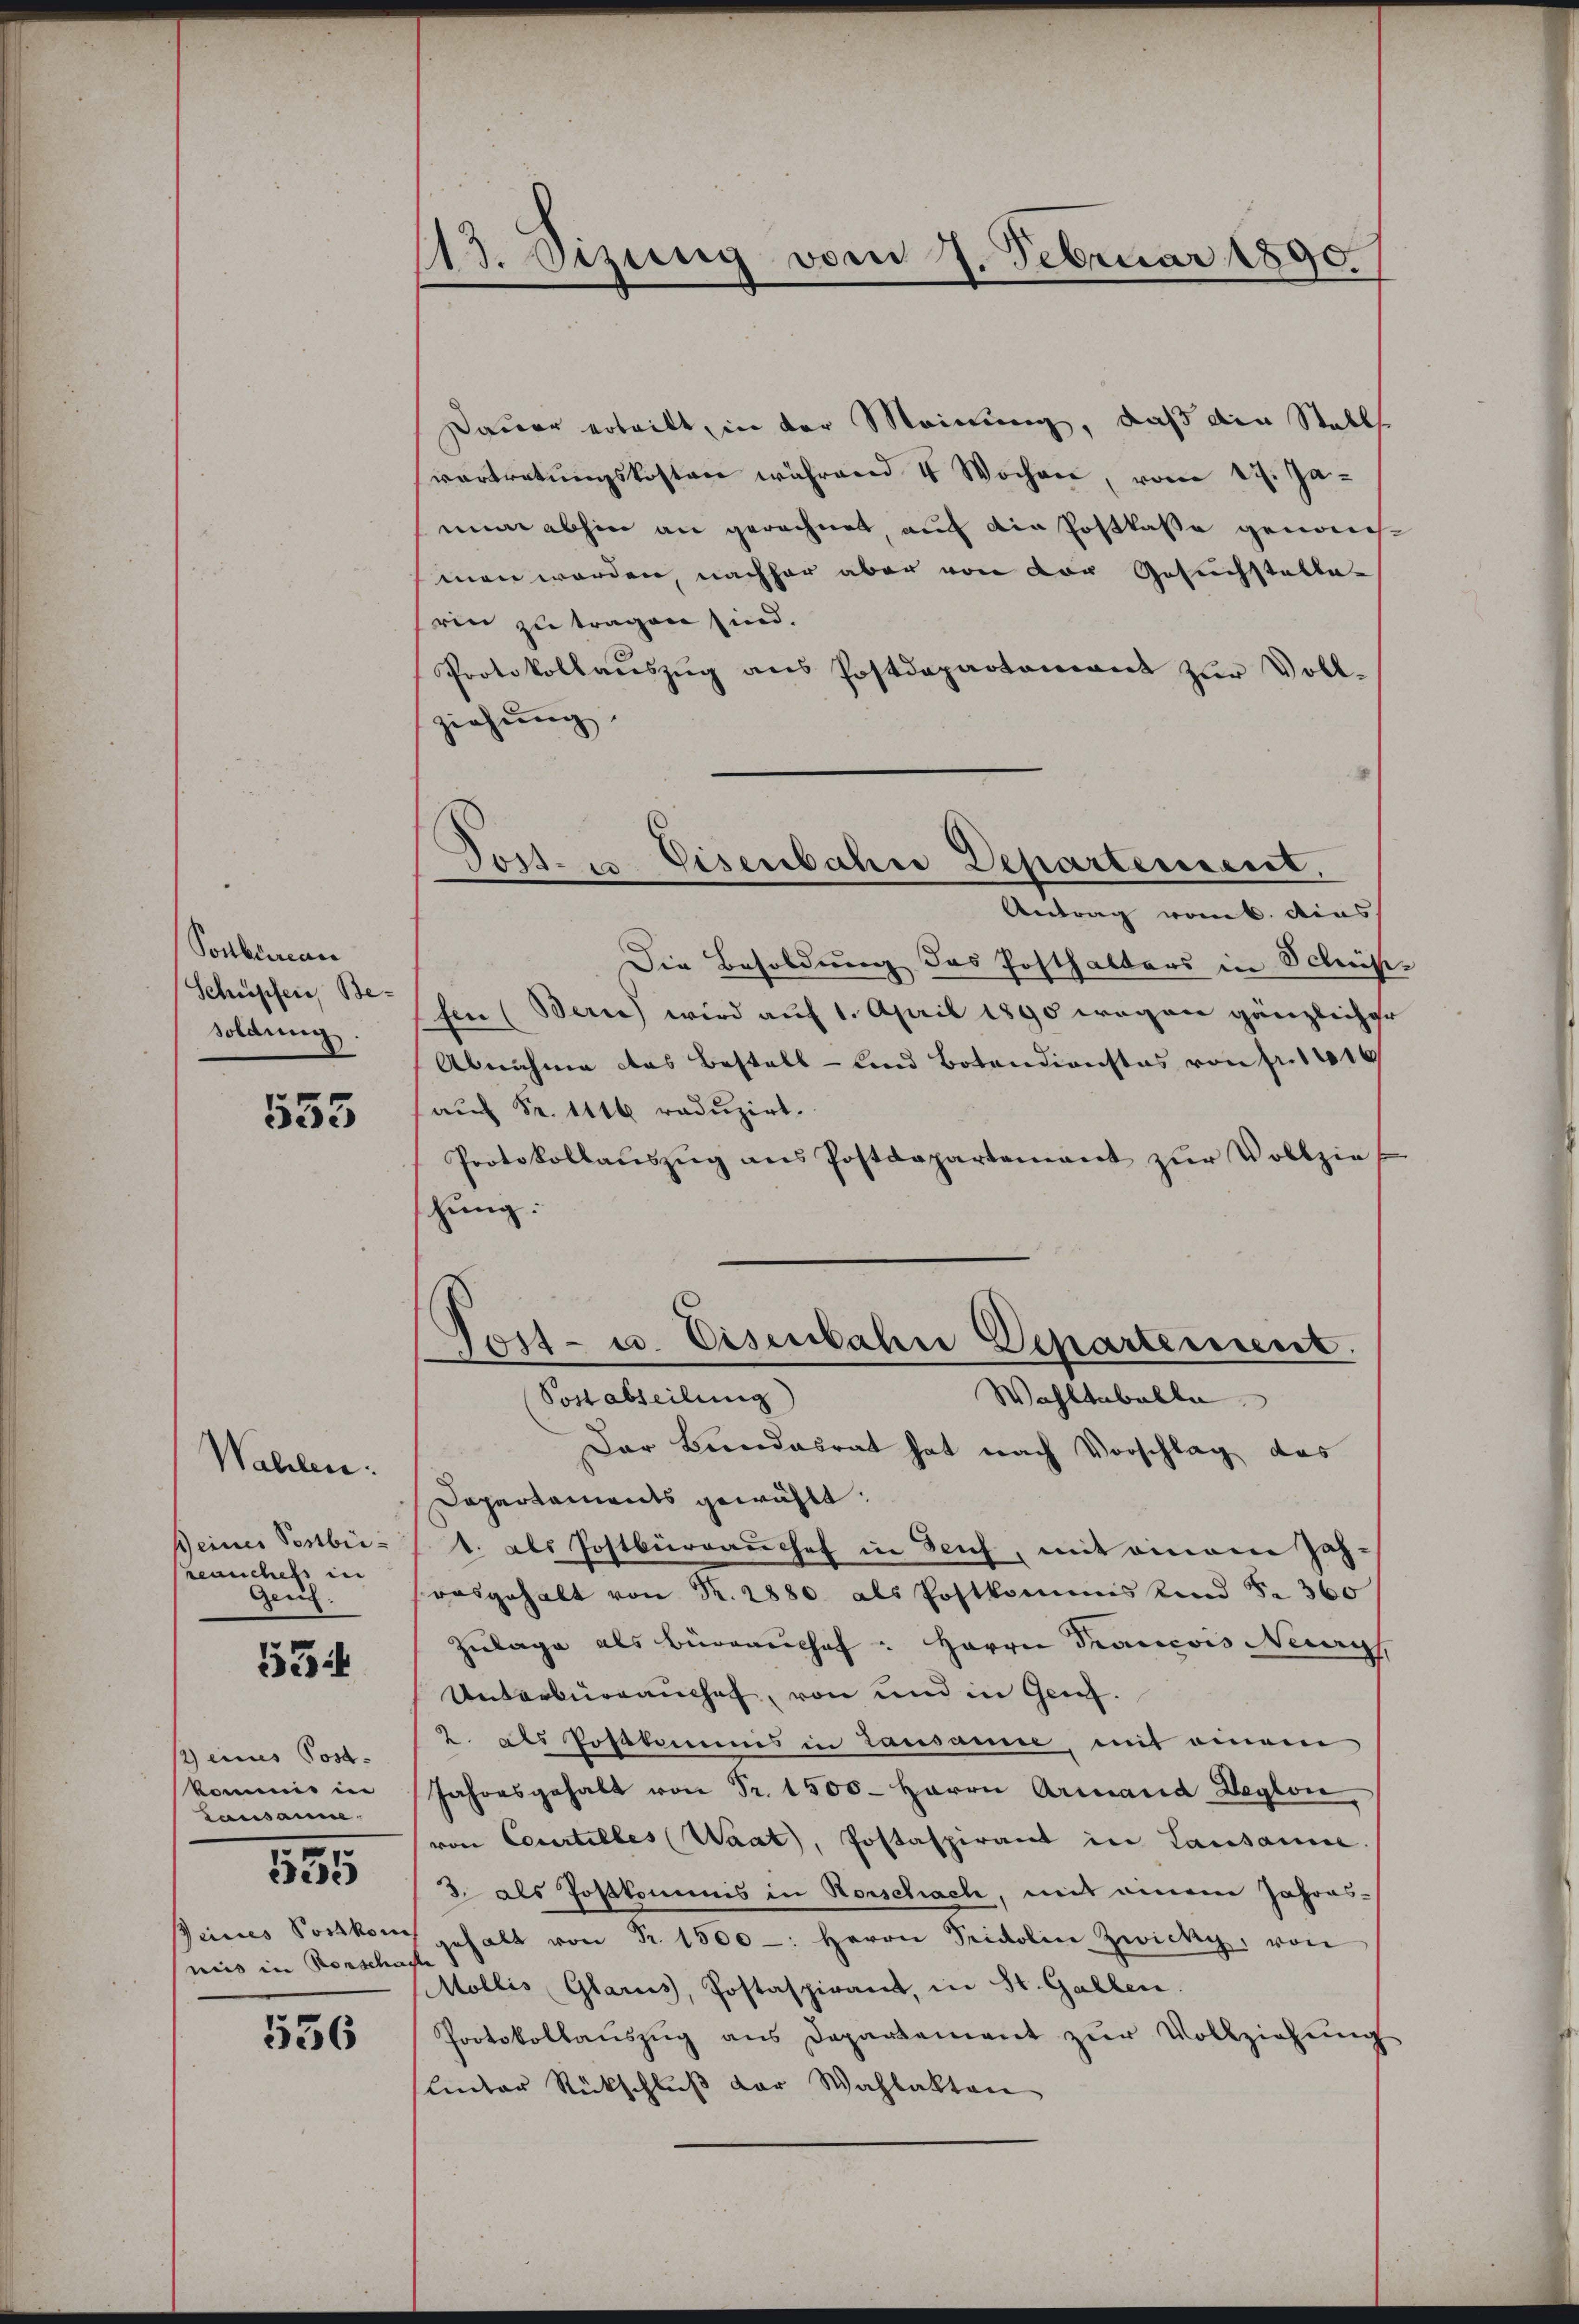
Sockeren
Schüpfen, Besoldung.

553

Wahlen.
ß eines Postbri-
Leanchefs in
Gen.

554

) eines Post-
kommis in
Lausanne
.
52
Deines Postkom
niis in Vorscha

556

113. Sizung vom 7. Februar 1890

Torten Eisenbahre Departement,
Antrag vom 6. dies

Dauer erteilt, in der Meinung, daß die Stelle
vertretŭngskosten während 4 Wochen, vom 17. Ja-
nun abhin an gerechnet, auch die Postkasse genommen werden, nachher aber von der Gesuchstellen
ren zu tragen sind.
Protokollaŭszŭg ans Postdepartamant zŭr Voll-
ziehung
Die Besoldung des Posthalters in Schrif
Ein (Berne wird aŭf 1. April 1890 wegen gänzlicher
Abnahme das Bestall- und Botendienstes von fr. 1416
auf Fr. 1116 reduzirt.
Protokollaŭszŭg ans Postdepartement zŭr Vollziehung.
Tost- u. Eisenbahn Departement.
Post abteilung
Wahltaballe
Der Bundesrat hat nach Vorschlag das
Dapartaments gewählt:
1. als Postburgaunchef in Teich, mit einem Jah-
rasgehalt von Nr. 2880 als Postkommis Kind S. 360
Zulage als Büreau chef " Herrn Drancois Necrys
Unterbrauches, von und in Genf.
2. als Postkommis in Lausanne, mit einem
Jahresgehalt von Fr. 1500. Herrn Armand Deglon
von Courtilles (Waat, Postaspirant in Lausanne
3. als Postkommis in Vorschach, mit einem Jahres¬
 gehalt von Fr. 1500 -: Herrn Pridoline Zwicky, von
Mollis Glarus, Postaspirant, in St. Gallen.
Protokollaŭszŭg ans Departement zŭr Vollziehŭng
linter Rückschluß der Wahlakten